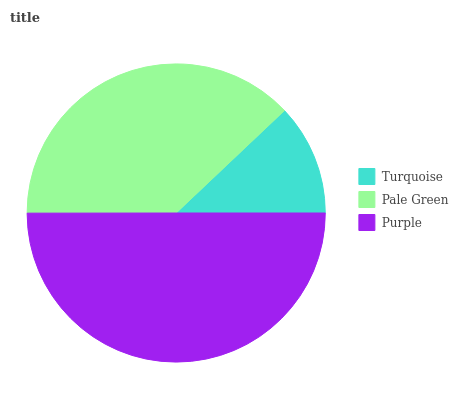
| Turquoise | Pale Green | Purple |
 | --- | --- | --- |
 | 12.1% | 37.9% | 50% |